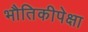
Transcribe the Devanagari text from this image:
भौतिकीपेक्षा